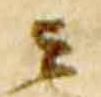
云